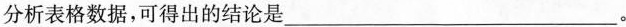
分析表格数据，可得出的结论是___。